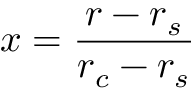
x = \frac { r - r _ { s } } { r _ { c } - r _ { s } }